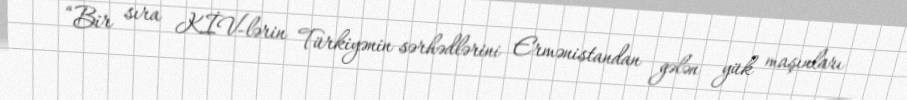
“Bir sıra KİV-lərin Türkiyənin sərhədlərini Ermənistandan gələn yük maşınları